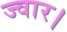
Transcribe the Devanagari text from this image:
ज्वार।